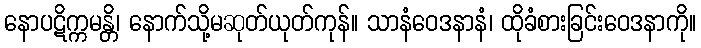
နောပဋိက္ကမန္တိ၊ နောက်သို့မဆုတ်ယုတ်ကုန်။ သာနံဝေဒနာနံ၊ ထိုခံစားခြင်းဝေဒနာကို။